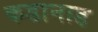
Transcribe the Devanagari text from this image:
कडानाड